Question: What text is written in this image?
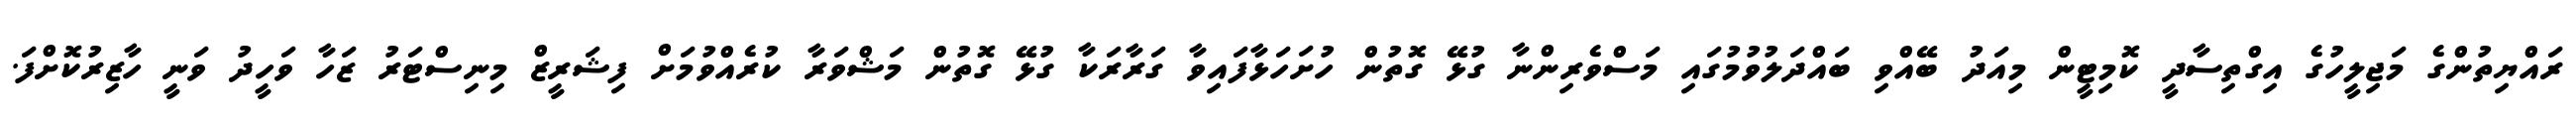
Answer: ރައްޔިތުންގެ މަޖިލީހުގެ އިގްތިސާދީ ކޮމިޓީން މިއަދު ބޭއްވި ބައްދަލުވުމުގައި މަސްވެރިންނާ ގުޅޭ ގޮތުން ހުށަހަޅާފައިވާ ގަރާރަކާ ގުޅޭ ގޮތުން މަޝްވަރާ ކުރެއްވުމަށް ފިޝަރީޒް މިނިސްޓަރު ޒަހާ ވަހީދު ވަނީ ހާޒިރުކޮށްފަ.